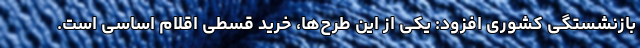
بازنشستگی کشوری افزود: یکی از این طرح‌ها، خرید قسطی اقلام اساسی است.